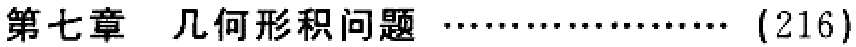
第七章 几何形积问题 \dots\dots\dots\dots\dots\dots (216)